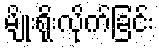
မျိုးရိုးလိုက်ခြင်း